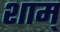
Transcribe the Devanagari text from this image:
शाम्